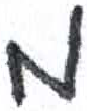
אות: מ